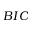
B I C